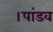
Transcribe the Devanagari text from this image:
।पांडव